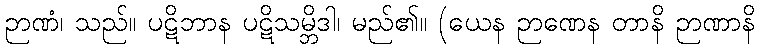
ဉာဏံ၊ သည်။ ပဋိဘာန ပဋိသမ္ဘိဒါ၊ မည်၏။ (ယေန ဉာဏေန တာနိ ဉာဏာနိ